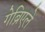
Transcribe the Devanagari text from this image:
गेब्रिएले